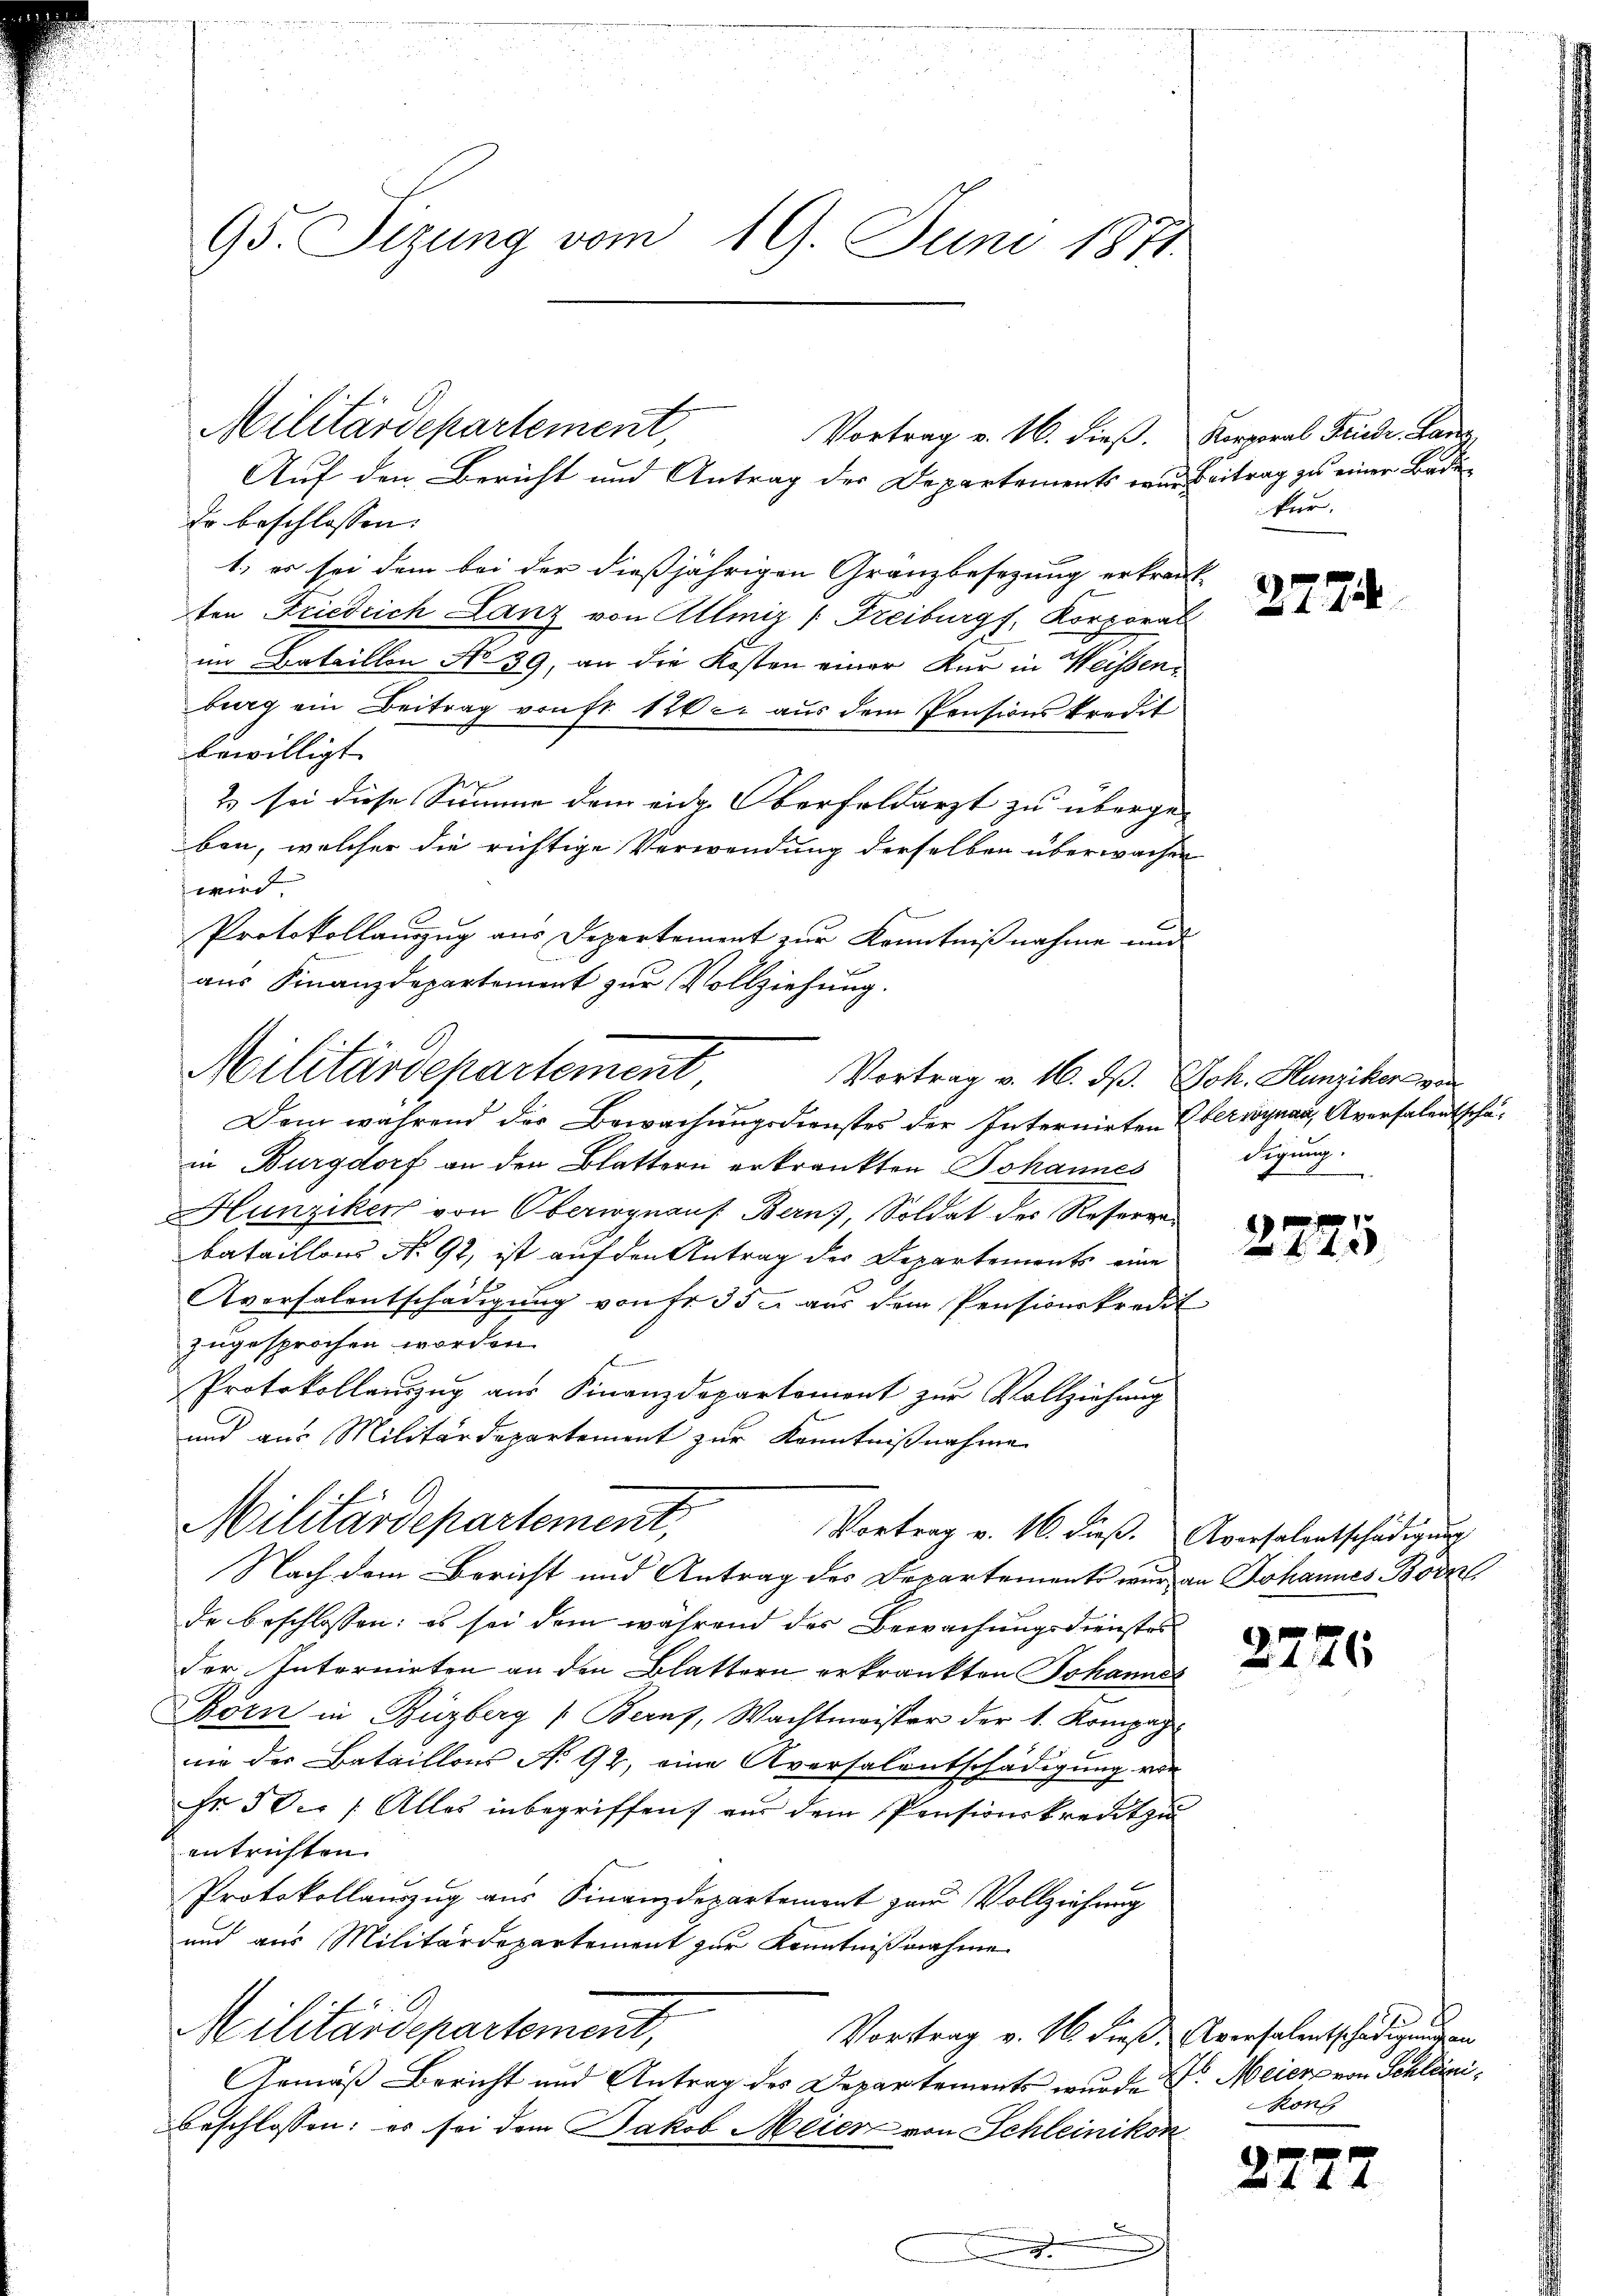
95. Sizung vom 19. Juni 1871.

Militärdepartement,
Vortrag v. 16. dieβ. Korporal Friedr. Kana
Auf den Bericht und Antrag der Departements wir Beitrag zu einer Bede

Er beschlossen:
1) es sei dem bei der dießjährigen Gränzbesezung erkrant
ten Friedrich Lanz von Allmiz (Freiburg, Korporat
im Bataillon No 39, an die Kosten einer Kur in Weissenburg ein Beitrag von fr. 120 c. aus dem Pensionskredit
bewilligt.
2) sei diese Summe dem eidg. Oberfeldarzt zu überge-
ben, welcher die richtige Verwendung derselben überwachen
wird
Protokollauszug aus Departement zur Kenntnißnahme und
aus Finanzdepartement zur Vollziehung.

Militärdepartement
Vortrag v. 16. d. Joh. Hunziker von

Dem während der Bewachungsdienstes der Internirten Oberwynau, Aversalentsche
in Burgdorf an den Blattern erkrankten Johannes
Hunziken von Oberwynaus Bern), Soldat des Resorge-
bataillons No. 92, ist auf den Antrag der Departements eine
Aversalentschädigung von fr. 35. aus dem Pensionskredit
zugesprochen worden.
F
Protokollanzug aus Finanzdepartement zur Vollziehung
und aus Militärdepartement zur Kenntnißnahme
Nach dem Bericht und Antrag des Departements wir an Johannes Born
de beschlossen: es sei dem während des Bewachungsdienstes
der Internirten an den Blattern erkränkten Johannes
Börn in Buzberg (Berns, Wachtmeister der 4. Kompag
nne der Bataillons No. 92, eine Aversalentschädigung von
Fr. 50. /: Alles inbegriffen) aus dem Pensionskreutzu
entrichten.
Protokollauszug aus Finanzdepartement zur Vollziehung
und aus Militärdepartement zur Kenntnißnahme
Militärdepartement,
Vortrag v. M. dieß. Arensalentschädigungen
Gemäß Bericht und Antrag des Departements wurde Dr. Meier von Schläsibeschlossen: es sei dem Jakob Meier von Schleinikon
n

Militärdepartement,

Vortrag v. 16. dieß. Aversalentschädigung

kur.
2774

Sigung.

1

2226

kons

2277